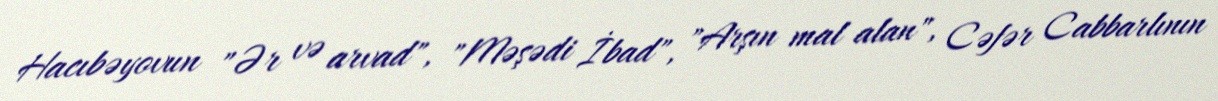
Hacıbəyovun "Ər və arvad", "Məşədi İbad", "Arşın mal alan", Cəfər Cabbarlının